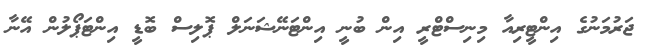
ޖަރުމަނުގެ އިންޓީރިއާ މިނިސްޓްރީ އިން ބުނީ އިންޓަނޭޝަނަލް ޕޮލިސް ބޮޑީ އިންޓަޕޯލުން އޭނާ